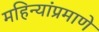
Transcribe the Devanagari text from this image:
महिन्यांप्रमाणे